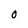
Character: O